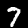
Digit: 7